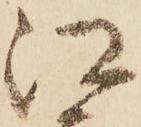
江